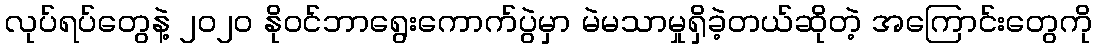
လုပ်ရပ်တွေနဲ့ ၂၀၂၀ နိုဝင်ဘာရွေးကောက်ပွဲမှာ မဲမသာမှုရှိခဲ့တယ်ဆိုတဲ့ အကြောင်းတွေကို